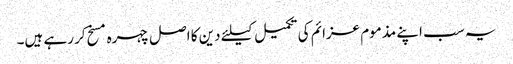
یہ سب اپنے مذموم عزائم کی تکمیل کیلئے دین کا اصل چہره مسخ کر رہے ہیں۔